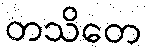
တသိတေ